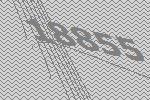
18855